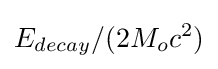
E_{decay}/(2M_{o}c^{2})